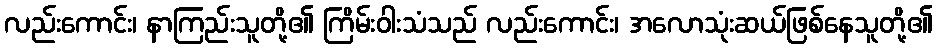
လည်းကောင်း၊ နာကြည်းသူတို့၏ ကြိမ်းဝါးသံသည် လည်းကောင်း၊ အလောသုံးဆယ်ဖြစ်နေသူတို့၏